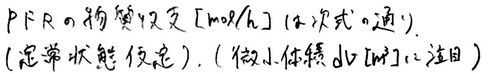
$PFR$の物質収支$[mol/h]$ (1次式の通り).
(定常状態仮定), (微小体積$\Delta V[m^3]$に注目)